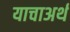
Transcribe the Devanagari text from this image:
याचाअर्थ